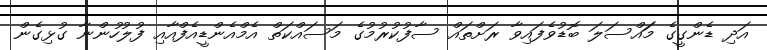
އަދި ޑެންގީގެ މަައްސަލަ ބޮޑުވެފައިވާ ރަށްތައް ސާފުކުރުމުގެ މަސައްކަތް އެމްއެންޑީއެފްއާއި ފުލުހުންނާ ގުޅިގެން